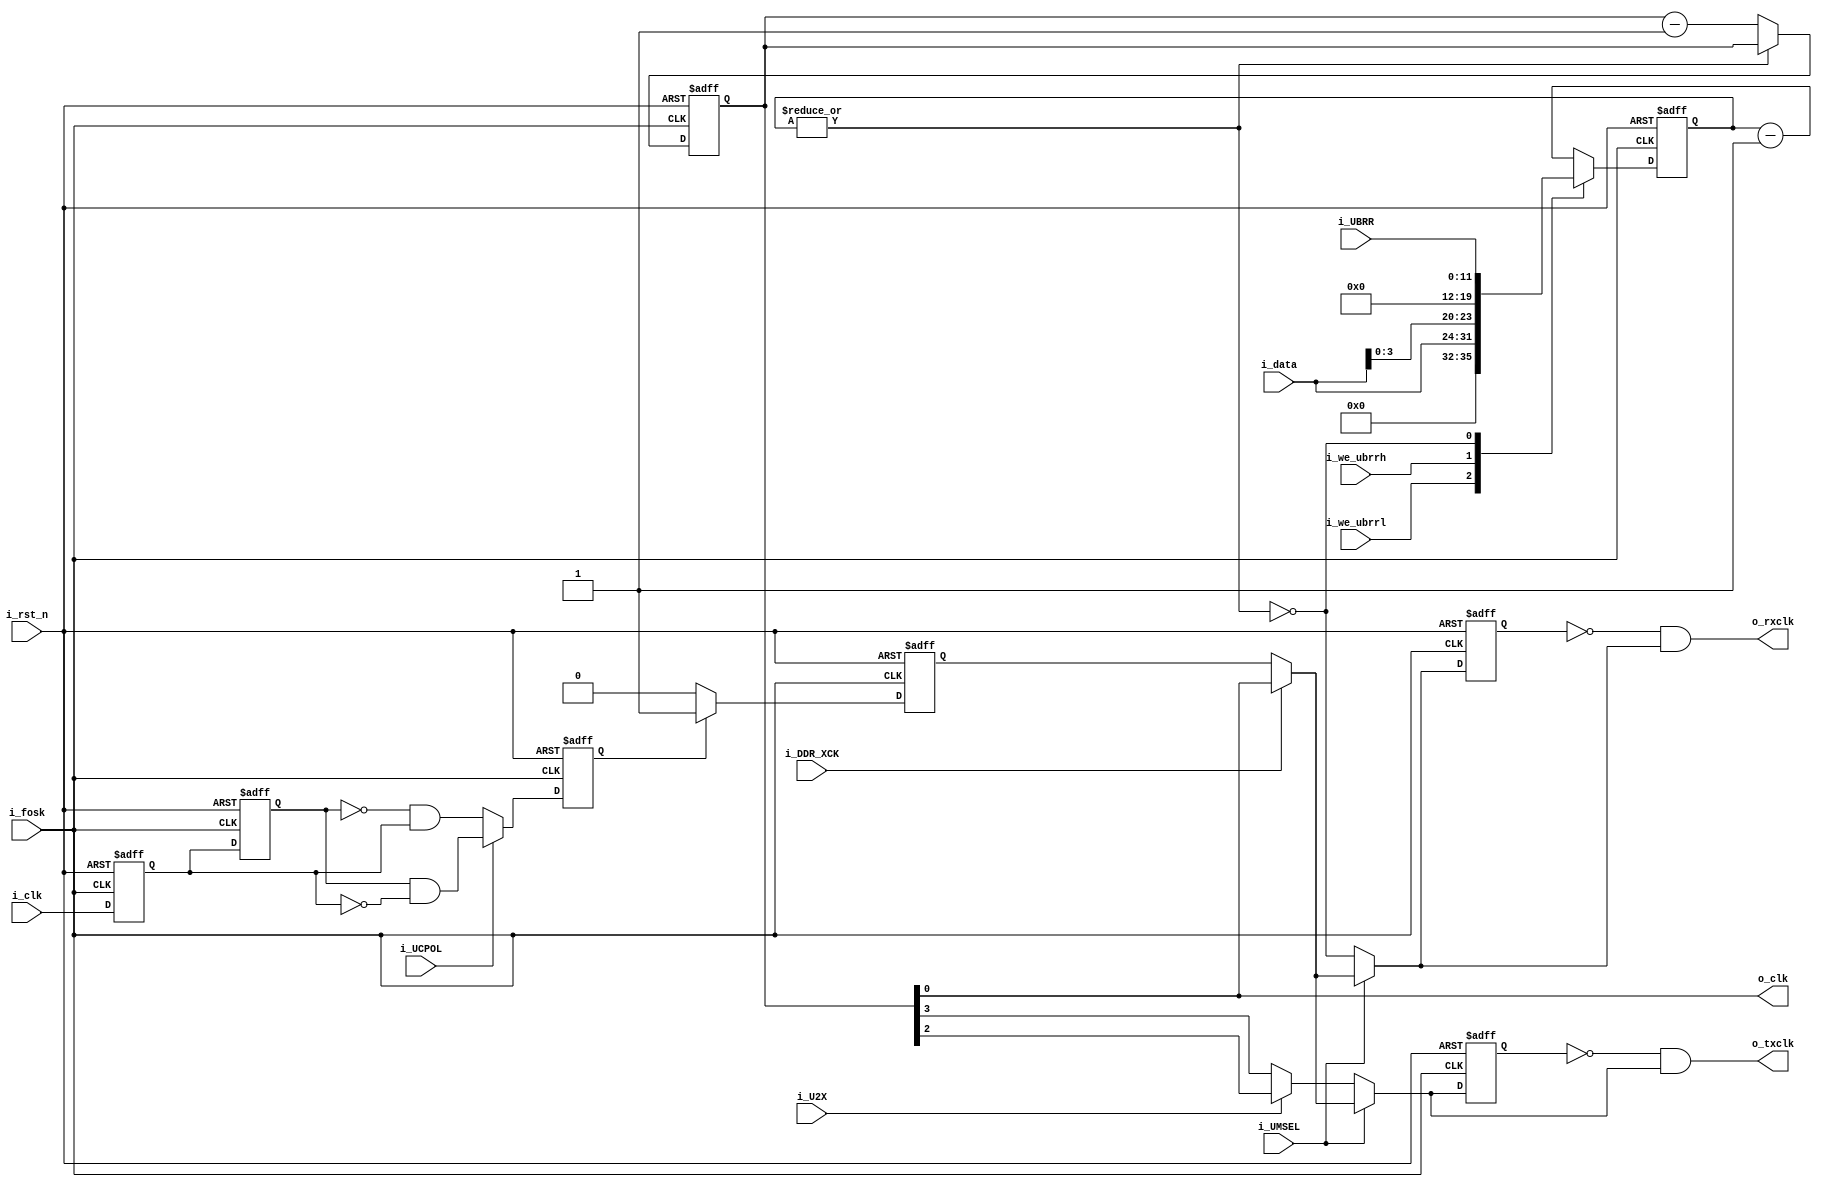
`timescale 1ns / 1ps
module clock_generator (	i_fosk,	
							i_rst_n,		
							i_clk,
							i_UBRR,
							i_UCPOL,
							i_U2X,
							i_DDR_XCK,
							i_UMSEL,
							i_we_ubrrh,
							i_we_ubrrl,
							i_data,
							o_txclk,
							o_rxclk,
							o_clk
						);

input 			i_fosk;			//	system clock
input 			i_rst_n;		//	reset
input 			i_clk;			//	clock used for synchronous slave operation
input [11:0]	i_UBRR;			//	UBRR[11:0]: USART Baud Rate Register
input			i_UCPOL;		//	UCSRC Bit 0 - UCPOL: Clock polarity	
input 			i_U2X;			//	UCSRA Bit 1  U2X: Double the USART transmission speed
input 			i_DDR_XCK;		//	data direct register 
input 			i_UMSEL;
input			i_we_ubrrh;		// 	write enable for Baud Rate Register High
input			i_we_ubrrl;		//	write enable for Baud Rate Register Low
input [7:0]		i_data;

output 			o_txclk;		//	transmitter clock enable
output			o_rxclk;		//	receiver clock enable
output			o_clk;			//	clock used for synchronous master operation

////////////////////////////////////////////////////////////////////////////////////
//				Variables
////////////////////////////////////////////////////////////////////////////////////
//Prescaling Down-Counter
reg 	[11:0] 	counter;								//	Prescaling Down-counter
wire 			f_div;									//	frequency divided by UBRR
//Double flopping for synchronous slave operation
reg 			first_flop;						
reg 			second_flop;
//Edge detector for synchronous slave operation
reg 			edge_flop;								//	flip_flop for edge detection 
// Clock for synchronous slave operation	
reg 			f_slave;								//  synchronous slave frequency
//Modes
wire			f_master;								//  synchronous master frequency
wire			mode_8;									//	asynchronous double speed mode
wire			mode_16;								//	asynchronous normal mode	
reg		[3:0]	mode_counter;							//  counter for divide
//Output 
wire 			f_txclk;								//	write enable for transmit
wire            f_rxclk;								//	write enable for receive
reg 			txclk;									//  flip_flop for edge detection
reg 			rxclk;									//  flip_flop for edge detection
wire 			f_syn;									//  output flip_flop
////////////////////////////////////////////////////////////////////////////////////
//				Asynchronous part
////////////////////////////////////////////////////////////////////////////////////
//Prescaling Down-Counter
always @( posedge i_fosk, negedge i_rst_n) begin
	if( !i_rst_n ) 
		counter <= 12'h000;
	else 
		case(1'b1)													//  synopsys parallel_case 
			i_we_ubrrl:	counter <= 	{4'h0,i_data};					//	new UBRRH value
			i_we_ubrrh:	counter <= 	{i_data[3:0], 8'h00};			//	new UBRRL value
			~(|counter):counter <=	i_UBRR;
		default: counter <=	counter - 1'b1;
		endcase 	
end
assign f_div = ~(|counter);
//Modes
always@(posedge i_fosk, negedge i_rst_n) begin
	if(!i_rst_n) 
		mode_counter <= 4'h0;
	else if(f_div)
		mode_counter <= mode_counter - 1;
end
assign	f_master = mode_counter[0];				// divided by 2
assign	mode_8 = mode_counter[2];				// divided by 8
assign	mode_16 = mode_counter[3];				// divided by 16

////////////////////////////////////////////////////////////////////////////////////
//				Synchronous part
////////////////////////////////////////////////////////////////////////////////////
//Double flopping for synchronous slave operation
always@(posedge i_fosk, negedge i_rst_n) begin
	if(!i_rst_n) begin
		first_flop <= 1'b0;
		second_flop<= 1'b0;
	end
	else begin
		first_flop <= i_clk;
		second_flop<= first_flop;
	end
end

//Edge detector for synchronous slave operation
always@(posedge i_fosk, negedge i_rst_n) begin
	if(!i_rst_n) begin
		edge_flop <= 1'b0;
	end
	else begin
		edge_flop <= i_UCPOL ? 	( second_flop & ~first_flop) : 	//	negedge
								(~second_flop &  first_flop);	// 	posedge
	end
end
// Clock for synchronous slave operation
always@(posedge i_fosk, negedge i_rst_n) begin
	if(!i_rst_n) 
		f_slave <= 1'b0;
	else if(edge_flop)
		f_slave <= edge_flop;
	else
		f_slave <= 1'b0;	// ~f_slave;
end

////////////////////////////////////////////////////////////////////////////////////
//				Output 
////////////////////////////////////////////////////////////////////////////////////
//Master or slave mode in synchronous operation 
assign f_syn = i_DDR_XCK ? f_master : f_slave;										// direction transmit or receive
assign f_txclk = (i_UMSEL ? f_syn : (i_U2X ? mode_8 : mode_16));
assign f_rxclk = (i_UMSEL ? f_syn : f_div);	

//Edge detector (decrease duty cycle)
always@(posedge i_fosk, negedge i_rst_n) begin
	if(!i_rst_n) begin
		txclk 	<= 1'b0;
		rxclk 	<= 1'b0;
	end
	else begin
		txclk 	<= f_txclk;			//write enable for transmit
		rxclk  	<= f_rxclk;			//write enable for receive		
	end
end


assign o_txclk =  	~txclk & f_txclk;	
assign o_rxclk = 	~rxclk & f_rxclk;
assign o_clk   = 	f_master;

endmodule